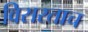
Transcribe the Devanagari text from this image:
विसरताच